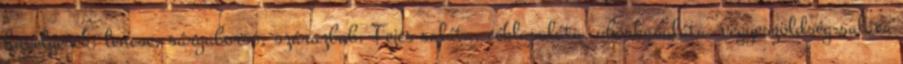
hüvelyesek: lencse, sárgaborsó, szárazbab. Fejes saláta, céklasaláta, uborkasaláta, vegyeszöldség-saláta